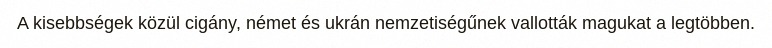
A kisebbségek közül cigány, német és ukrán nemzetiségűnek vallották magukat a legtöbben.